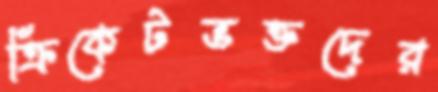
ক্রিকেটভক্তদের